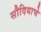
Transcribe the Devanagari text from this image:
सौदियाचे